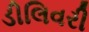
ડીલિવરી